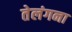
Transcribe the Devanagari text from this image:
तेलंगना